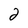
Character: 2